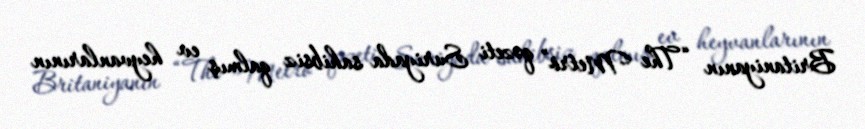
Britaniyanın “The Metro” qəzeti Suriyada sahibsiz qalmış ev heyvanlarının